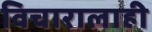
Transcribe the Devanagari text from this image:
विचारालाही